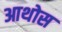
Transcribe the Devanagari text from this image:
आथोस